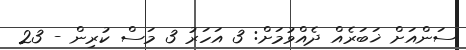
ސަންއަށް ޚަބަރެއް ދެއްވުމަށް: 3 އަހަރު 3 މަސް ކުރިން - 23